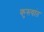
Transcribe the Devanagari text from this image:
कुस्त्यांत